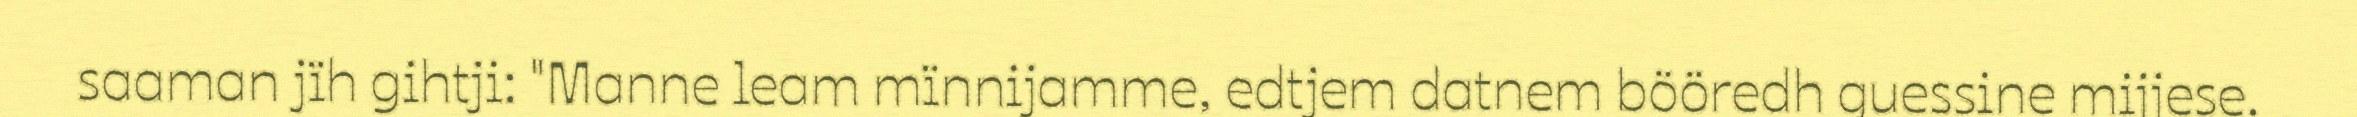
saaman jïh gihtji: "Manne leam mïnnijamme, edtjem datnem bööredh guessine mijjese.